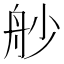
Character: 𦨖